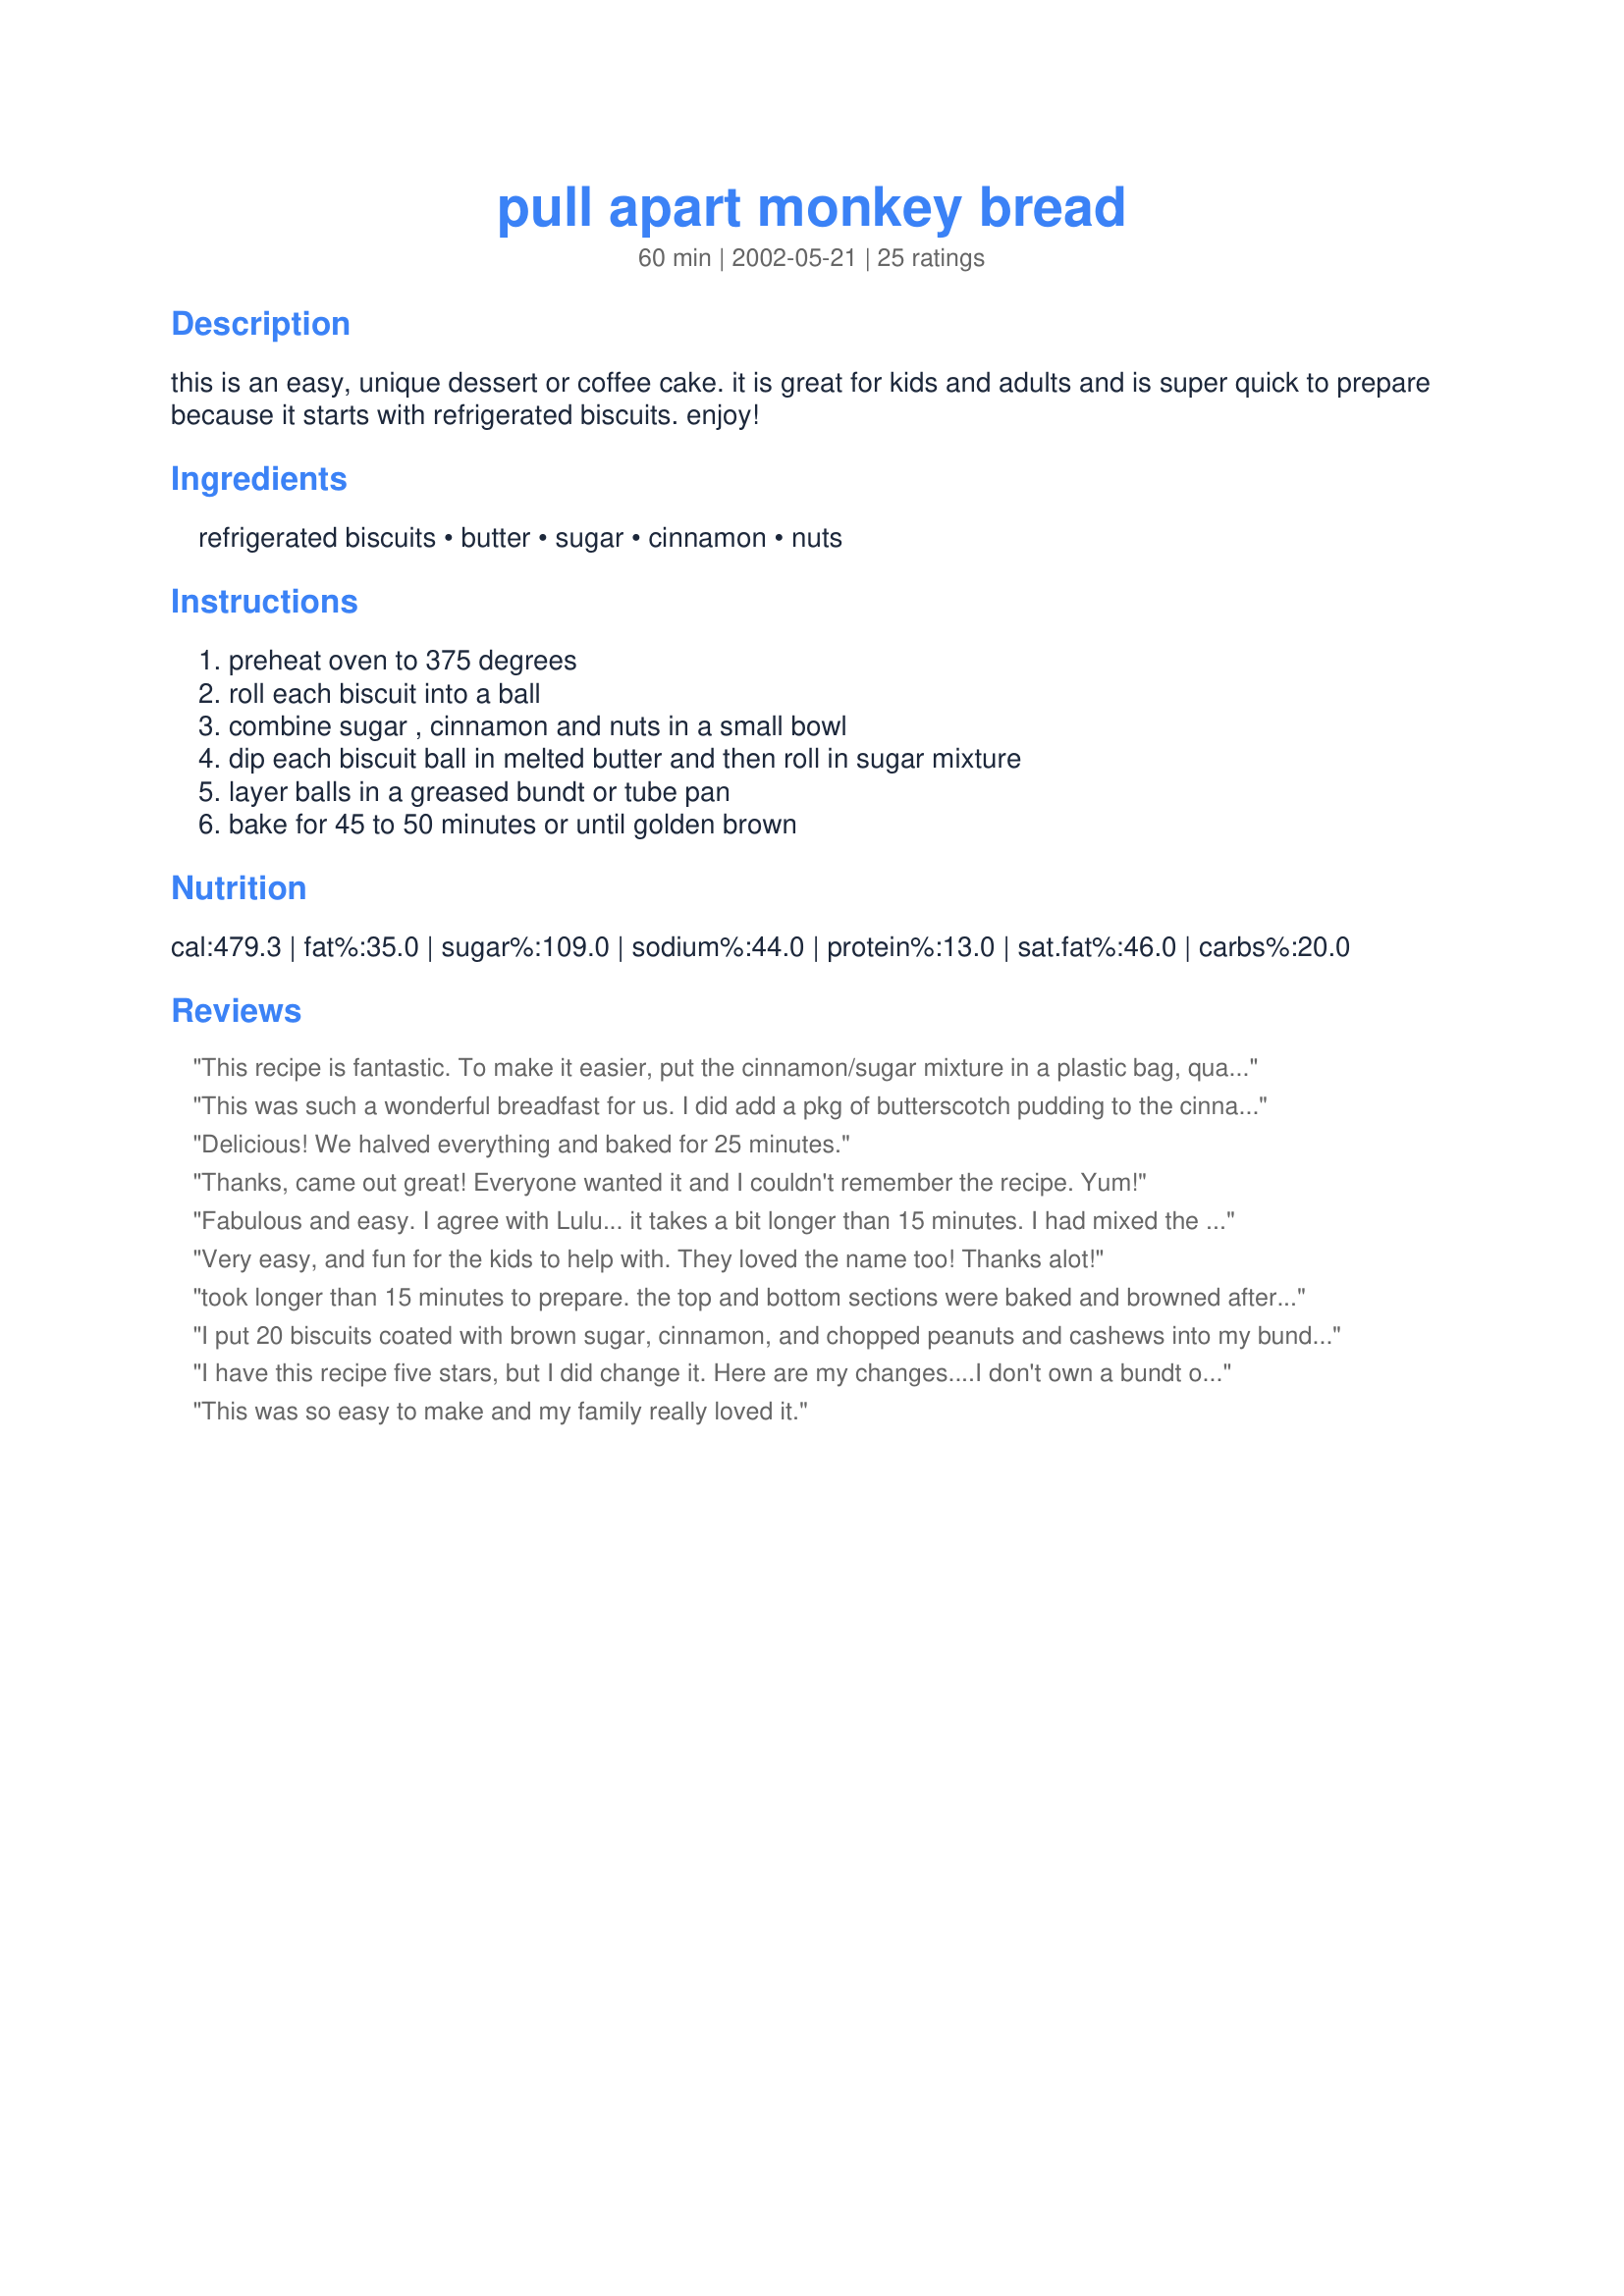
pull apart monkey bread
Preparation time: 60 minutes

this is an easy, unique dessert or coffee cake. it is great for kids and adults and is super quick to prepare because it starts with refrigerated biscuits. enjoy!

Ingredients:
refrigerated biscuits, butter, sugar, cinnamon, nuts

Steps:
preheat oven to 375 degrees, roll each biscuit into a ball, combine sugar , cinnamon and nuts in a small bowl, dip each biscuit ball in melted butter and then roll in sugar mixture, layer balls in a greased bundt or tube pan, bake for 45 to 50 minutes or until golden brown

Reviews:
This recipe is fantastic. To make it easier, put the cinnamon/sugar mixture in a plastic bag, quarter the dough and toss in the bag. It's less mess and takes a lot less time!
This was such a wonderful breadfast for us. I did add a pkg of butterscotch pudding to the cinnamon sugar mixture (something my mom always did) but otherwise followed your recipe. My family loved it. Thank you for sharing a family memory with us.
Delicious! We halved everything and baked for 25 minutes.
Thanks, came out great! Everyone wanted it and I couldn't remember the recipe. Yum!
Fabulous and easy. I agree with Lulu... it takes a bit longer than 15 minutes. I had mixed the nuts and sugar and cinnamon up the night before (in a ziploc bag which made coating the biscuits and cleanup easy!) and baked the bread the next morning. It took about 5 minutes per can of biscuits bearing in mind that I cut them in half so that added a bit of time. I made a couple of adjustments to the recipe: Used 2 teaspoons of cinnamon because I like LOTS of cinnamon flavor and this just didn't quite seem like enough. Also, I cut the biscuits in half so I could capture more of the cinnamon mixture and this seemed just perfect. I used pecans for the nuts. Also, I'm a sucker for a glaze so mixed one up with 2 T. melted butter, 1 T. plus 1 teasp. hot water, 1 teasp. vanilla and one cup of powdered sugar. Mixed this all together in a pyrex measuring cup (in which I had melted the butter in the microwave) then drizzled it all over the bread after it was baked and removed to a serving plate. YUM!! Baked it in a tube pan for 45 minutes and it came out perfect. Can I just say that this was an absolute hit at work this morning? I brought it in for my department and noticed some "outsiders" coming into our area for no "apparent" reason! Ha! Thanks for sharing!
Very easy, and fun for the kids to help with. They loved the name too! Thanks alot!
took longer than 15 minutes to prepare. the top and bottom sections were baked and browned after 40 minutes at 375, but not the middle section. maybe because i used a tube pan versus a bundt pan? or, maybe because the biscuits were rolled instead of cut into 4 sections each as noted in other recipes. my family loved it, but i plan on experimenting the next time so all the biscuits are baked throughout. i served right from the pan onto plates with vanilla ice cream. my hubby and sons did enjoy it.
I put 20 biscuits coated with brown sugar, cinnamon, and chopped peanuts and cashews into my bundt pan, formed two layers and baked for 30 minutes. The outside turned crispy. It&#039;s probably because I baked them for a little too long, but over all, this is a fantastic snack for a crowd. With some coconut icing, I can imagine this to be a BOMB!!!! Great recipe and so easy to make!
I have this recipe five stars, but I did change it. Here are my changes....I don't own a bundt or tube pan so I used a deep dish pie pan. I used 2 cans of the cheapest biscuits, 1 cup of sugar and 1 tblspn of cinnamon. It came out wonderful and my kids and hubby gobbled it up. Thanks for the recipe, it will be a staple in our house!
This was so easy to make and my family really loved it.
MAJOR NOMMAGE! Wow, we couldn't keep our paws off this delicious and easy snack. I used finely chopped pistachios for the optional nuts and halved the recipe, using a round medium-sized Pyrex dish as it's all I have that's semi-suitable. I think I cooked it a bit too long, forgetting to take into account that the mass was significantly smaller than the original recipe, but it was still absolutely divine as is. Parts of the buttery sugar caramelized and turned crunchy and... well, SINFUL, despite what my lame photograph of the yummy lumpage depicts. *lol* Thank you so much for this great guilty pleasure, Karen!
D'Lish us...I made it with only one can of biscuits. I put it into a very small casserole dish I have and it was great. I let it cook for about 15 minutes. Next time I will make an icing to top it. This is a great quick dish to serve at a brunch or potluck. I definately will make this again.
Sooooooo bad for you, but sooooooo worth it. Positively yummy! :)
Made this for my family and they have now demand it at least once a week. Thanks for this yummy recipe.
this is very good with dried cranberries and orange zest !!
This was a huge hit with my kids as an after-school snack. Sweet but substantial enough to keep them going till supper. One caution: I used a tube pan, and ended up with a lot of the "syrup" on the bottom of my oven. Next time I make these, I will use a bundt pan. Delicious!
Great bread. I will be making this one again....I don't even know if my husband got to see it when he got home from work. The kids and I devored it. Thanks for the recipe!!!
Aw!!! It's so cool to see monkey bread on here! My mom made this with us since I was little, and I have made it once with my 3 year old. Great fun for kids and yummy to eat.
This was very easy, but mine burned at the bottom where the excess butter and sugar had collected (I guess it ran down?) and became rock like. Next time, I will cook it for about 40 min to see if that helps. The ones at the top tasted great though. Thanks for sharing!
Have used this recipe but add a Hershey's kiss to the center of each biscuit before rolling into a ball. Yummy, Karen
The time on this was WAY off for me. I got up early and threw this together for breakfast. I checked it at 25 minutes and it seemed done to me, but I figured maybe the ones on the bottom needed more time. I let it go to 35 and it was burned to a blackened crisp on the outside. We could still eat the inside, but I'd suggest checking it long before 45 minutes.
Please tell me what are refrigerated biscuits? I live in New Zealand and have not heard of them Recipe sounds easy and delicious. Would love to try Jayne jaynechait@gmail.com
I used 1 can of biscuits-enough for the two of us. I baked it in a 1-qt. pyrex bowl, which was perfect. I was amazed that they did get syrupy- looking just like birdybaker's picture. The center pieces were not coated, but it wasn't dry. I watched it carefully in the oven, and removed when the top was medium brown and still seemed a little squishy when I pressed on it. The result was that perfect almost-doughy-but-not-quite texture!
This is a fun recipe for kids or perhaps an informal brunch item. I made this using a large bundt pan (well-oiled) but made the mistake of placing the nuts at the bottom so when the cake was removed some stuck to the pan. Next time I will add the nuts to the sugar, cinammon and pudding mix (use the butterscotch not instant). I also quarted the biscuits (did not have time to roll) brushed them with the melted butter using a pastry brush (both sides) then rolled in the sugar mix before stacking. When it was removed from pan it was a nice caramel-colored bread ring with a moist soft center.
I fixed this for a Hispanic family. Everyone enjoyed it & I even passed on the recipe to someone. I fixed it the nite before, refrigerated it & let it sit out for about 1 hour. Even then it was still chewy inside each bite!
